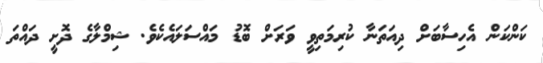
ކަންކަން އެހިސާބަށް ދިއަތަނާ ކުރިމަތިވީ ވަރަށް ބޮޑު މައްސަލައެކެވެ. ޝިމްލާގެ ދޮށީ ދައްތަ